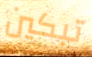
تبكين